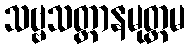
သဗ္ဗသတ္တာနမုတ္တမ